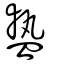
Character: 𥂕